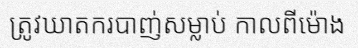
ត្រូវឃាតករបាញ់សម្លាប់ កាលពីម៉ោង